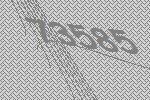
73585